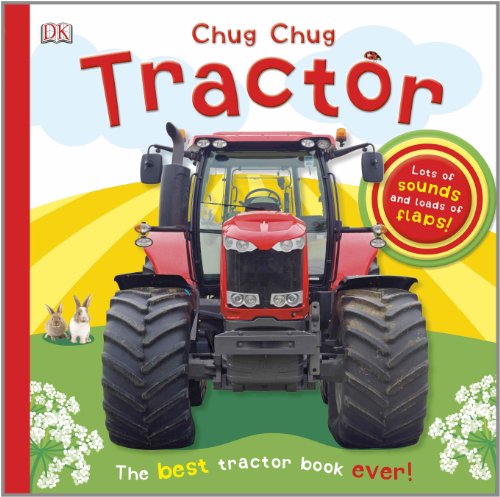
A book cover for Chug, Chug Tractor; DK Publishing; Children's Books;